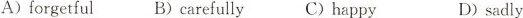
A) forgetfulB)carefullyC)happyD)sadly